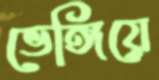
ভেঙ্গিয়ে